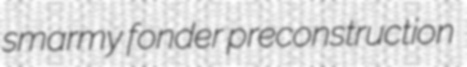
smarmy fonder preconstruction